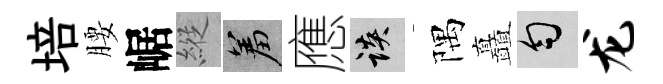
培腰崌縱羞應談隅矗匀龙